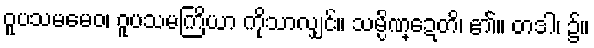
ဝူပသမမေဝ၊ ဝူပသမကြိယာ ကိုသာလျှင်။ သမ္ပိဏ္ဍေတိ၊ ၏။ တဒါ၊ ၌။